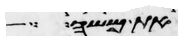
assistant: את משה